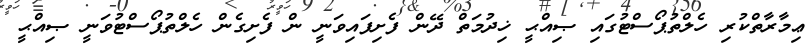
ޢިމާރާތްކުރި ހެލްތުޕޯސްޓުގައި ޞިއްޙީ ޚިދުމަތް ދޭން ފެށިފައިވަނީ ން ފެށިގެން ހެލްތުޕޯސްޓުވަނީ ޞިއްޙީ